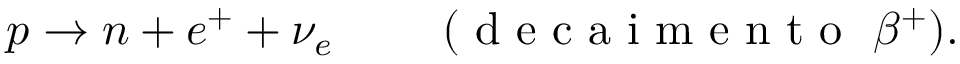
p \to n + e ^ { + } + \nu _ { e } \qquad \mathrm { ~ ( ~ d ~ e ~ c ~ a ~ i ~ m ~ e ~ n ~ t ~ o ~ } ~ \beta ^ { + } ) .